Indian journal of veterinary science and animal husbandry - Volumes 24-25, 1954-1955
Year: 1954
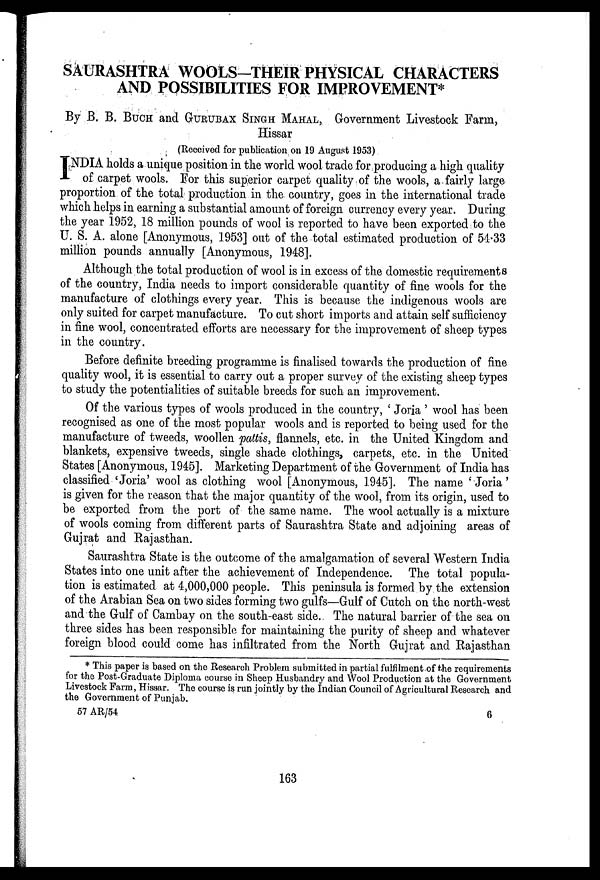
SAURASHTRA WOOLS-THEIR PHYSICAL CHARACTERS
AND POSSIBILITIES FOR IMPROVEMENT*
By B. B. BUCH and GURUBAX SINGH MAHAL, Government Livestock Farm,
Hissar
(Received for publication on 19 August 1953)
I NDIA holds a unique position in the world wool trade for producing a high quality
of carpet wools. For this superior carpet quality of the wools, a fairly large
proportion of the total production in the country, goes in the international trade
which helps in earning a substantial amount of foreign currency every year. During
the year 1952, 18 million pounds of wool is reported to have been exported to the
U. S. A. alone [Anonymous, 1953] out of the total estimated production of 54.33
million pounds annually [Anonymous, 1948].
Although the total production of wool is in excess of the domestic requirements
of the country, India needs to import considerable quantity of fine wools for the
manufacture of clothings every year. This is because the indigenous wools are
only suited for carpet manufacture. To cut short imports and attain self sufficiency
in fine wool, concentrated efforts are necessary for the improvement of sheep types
in the country.
Before definite breeding programme is finalised towards the production of fine
quality wool, it is essential to carry out a proper survey of the existing sheep types
to study the potentialities of suitable breeds for such an improvement.
Of the various types of wools produced in the country, ' Joria ' wool has been
recognised as one of the most popular wools and is reported to being used for the
manufacture of tweeds, woollen pattis, flannels, etc. in the United Kingdom and
blankets, expensive tweeds, single shade clothings, carpets, etc. in the United
States [Anonymous, 1945]. Marketing Department of the Government of India has
classified 'Joria' wool as clothing wool [Anonymous, 1945]. The name 'Joria'
is given for the reason that the major quantity of the wool, from its origin, used to
be exported from the port of the same name. The wool actually is a mixture
of wools coming from different parts of Saurashtra State and adjoining areas of
Gujrat and Rajasthan.
Saurashtra State is the outcome of the amalgamation of several Western India
States into one unit after the achievement of Independence. The total popula-
tion is estimated at 4,000,000 people. This peninsula is formed by the extension
of the Arabian Sea on two sides forming two gulfs—Gulf of Cutch on the north-west
and the Gulf of Cambay on the south-east side. The natural barrier of the sea on
three sides has been responsible for maintaining the purity of sheep and whatever
foreign blood could come has infiltrated from the North Gujrat and Rajasthan
* This paper is based on the Research Problem submitted in partial fulfilment of the requirements
for the Post-Graduate Diploma course in Sheep Husbandry and Wool Production at the Government
Livestock Farm, Hissar. The course is run jointly by the Indian Council of Agricultural Research and
the Government of Punjab.
57 AR/54
6
163